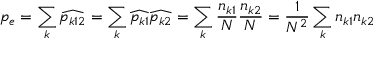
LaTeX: p _ { e } = \sum _ { k } { \widehat { p _ { k 1 2 } } } = \sum _ { k } { \widehat { p _ { k 1 } } } { \widehat { p _ { k 2 } } } = \sum _ { k } { \frac { n _ { k 1 } } { N } } { \frac { n _ { k 2 } } { N } } = { \frac { 1 } { N ^ { 2 } } } \sum _ { k } n _ { k 1 } n _ { k 2 }